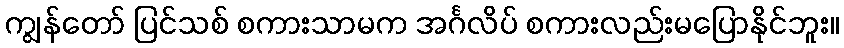
ကျွန်တော် ပြင်သစ် စကားသာမက အင်္ဂလိပ် စကားလည်းမပြောနိုင်ဘူး။